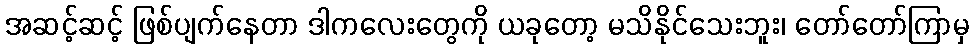
အဆင့်ဆင့် ဖြစ်ပျက်နေတာ ဒါကလေးတွေကို ယခုတော့ မသိနိုင်သေးဘူး၊ တော်တော်ကြာမှ